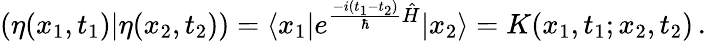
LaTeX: (\eta(x_{1},t_{1})\vert\eta(x_{2},t_{2}))=\langle x_{1}\vert e^{\frac{-i(t_{1}-t_{2})}{\hbar}\hat{H}}\vert x_{2}\rangle=K(x_{1},t_{1};x_{2},t_{2})\, .